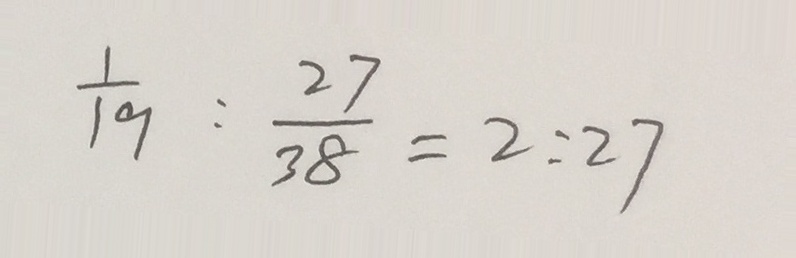
\frac { 1 } { 1 9 } : \frac { 2 7 } { 3 8 } = 2 : 2 7